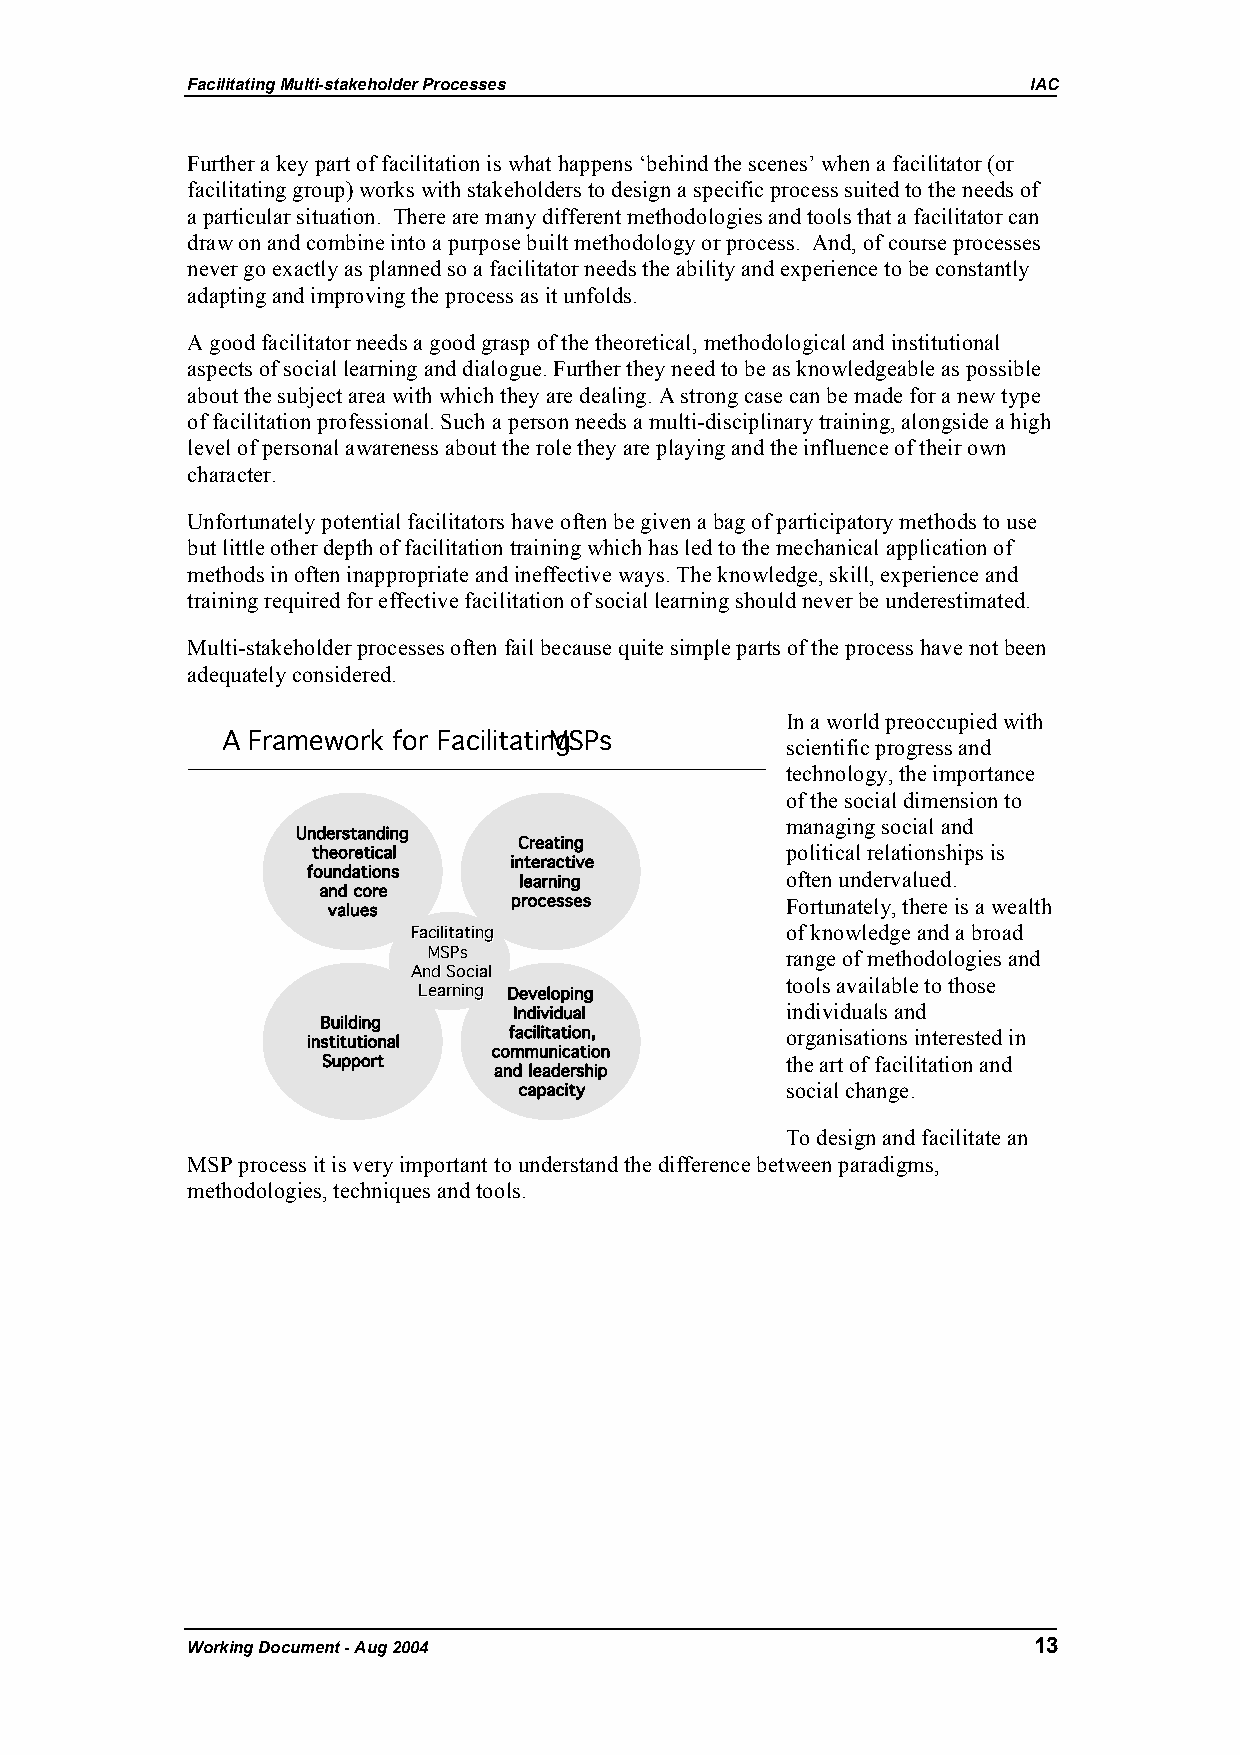
Facilitating Multi-stakeholder Processes                IAC
 Further a key part of facilitation is what happens ‘behind the scenes’ when a facilitator (or
 facilitating group) works with stakeholders to design a specific process suited to the needs of
 a particular situation. There are many different methodologies and tools that a facilitator can
 draw on and combine into a purpose built methodology or process. And, of course processes
 never go exactly as planned so a facilitator needs the ability and experience to be constantly
 adapting and improving the process as it unfolds.
 A good facilitator needs a good grasp of the theoretical, methodological and institutional
 aspects of social learning and dialogue. Further they need to be as knowledgeable as possible
 about the subject area with which they are dealing. A strong case can be made for a new type
 of facilitation professional. Such a person needs a multi-disciplinary training, alongside a high
 level of personal awareness about the role they are playing and the influence of their own
 character.
 Unfortunately potential facilitators have often be given a bag of participatory methods to use
 but little other depth of facilitation training which has led to the mechanical application of
 methods in often inappropriate and ineffective ways. The knowledge, skill, experience and
 training required for effective facilitation of social learning should never be underestimated.
 Multi-stakeholder processes often fail because quite simple parts of the process have not been
 adequately considered.
 In a world preoccupied with
 A Framework for FacilitatinMgS Ps
 scientific progress and
 technology, the importance
 of the social dimension to
 managing social and
 Understanding
 Creating
 theoretical                    political relationships is
 interactive
 foundations   learning          often undervalued.
 and core
 processes         Fortunately, there is a wealth
 values
 FFaacciilliittaattiinngg of knowledge and a broad
 MMSSPPss                range of methodologies and
 AAnndd SSoocciiaall
 tools available to those
 LLeeaarrnniinngg Developing
 Individual        individuals and
 Building
 facilitation,     organisations interested in
 institutional
 communication
 Support                        the art of facilitation and
 and leadership
 capacity          social change.
 To design and facilitate an
 MSP process it is very important to understand the difference between paradigms,
 methodologies, techniques and tools.
 Working Document - Aug 2004                             13